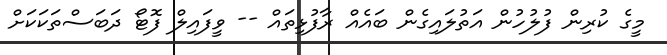
މީގެ ކުރިން ފުލުހުން އަތުލައިގެން ބައެއް ރާފުޅިތައް -- ވީފައިލް ފޮޓޯ ދަބަސްތަކަކަށް